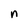
Character: n